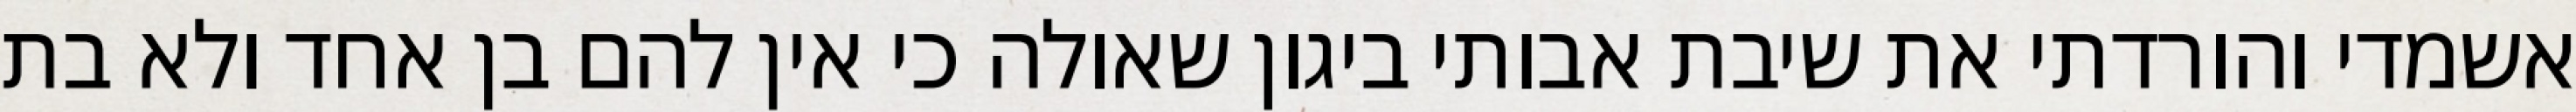
אשמדי והורדתי את שיבת אבותי ביגון שאולה כי אין להם בן אחד ולא בת